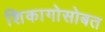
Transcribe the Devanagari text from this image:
शिकागोसोबत